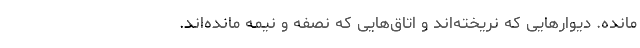
مانده. دیوارهایی که نریخته‌اند و اتاق‌هایی که نصفه و نیمه مانده‌اند.